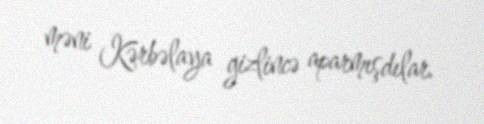
məni Kərbəlaya gizlincə aparmışdılar.